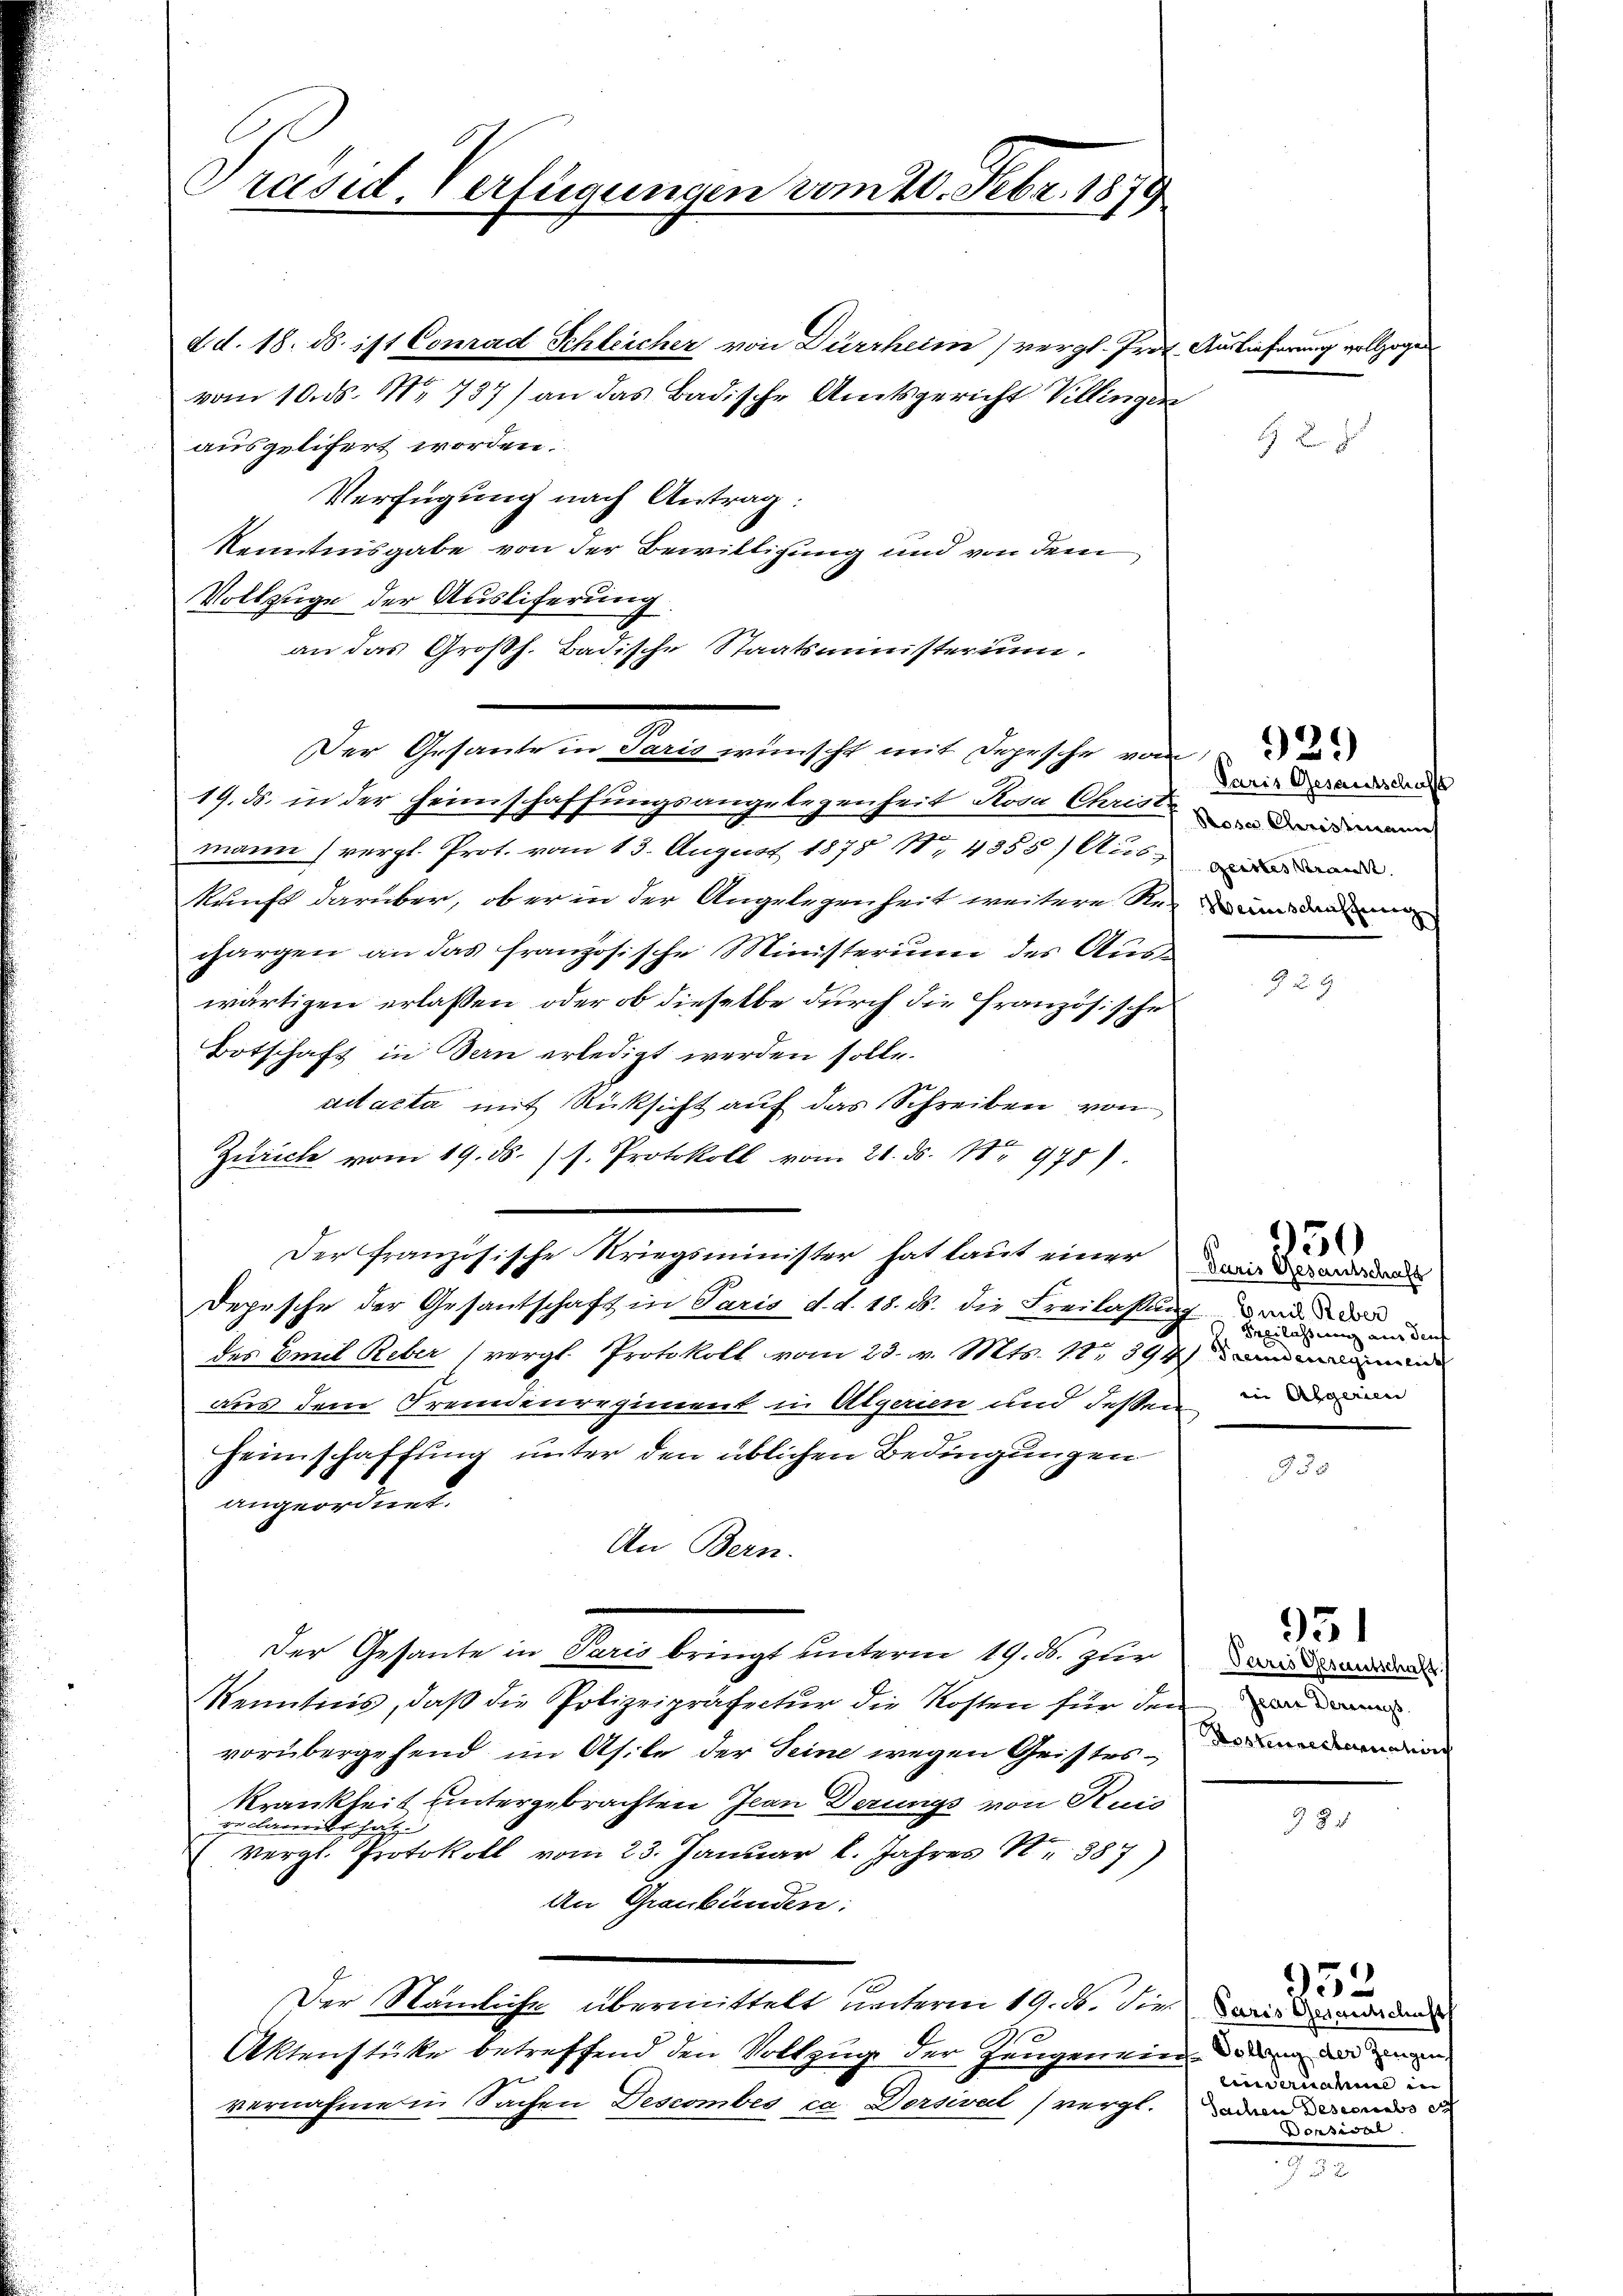
Präsid. Verfügungen vom 20. Febr. 1879

dd. 18. ds. ist Conrad Schleicher von Dürrheim) vergl. Prot. Auslieferung vollzogen
vom 10. ds. No 737) an das Badische Amtsgericht Villingen
ausgelifert worden.
Verfügung nach Antrag:
Kenntnisgabe von der Bewilligung und von dem
Vollzuge der Ausliferung
an das Großh. Badische Staatsministerium.
Der Gesante in Paris wünscht mit Depesche vom
19. ds. in der Heimschaffungsangelegenheit Rosa Christen demann
mann (vergl. Prot. vom 13. August 1878 No 4355) Auswand
kunft darüber, ob er in der Angelegenheit weitere Rein dar
chargen an das französische Ministerium des Auswärtigen erlassen, oder ob dieselbe durch die Französische
Botschaft in Bern erledigt werden solle.
aitacta mit Rücksicht auf das Schreiben von
Zürich vom 19. ds. s. Protokoll vom 21. ds. Nr. 978).
Der französische Kriegsminister hat laut einer und
Depesche der Gesantschaft in Paris d. d. 18. ds. die Freilassung dran de
des Emil Reber (vergl. Protokoll vom 23. v. Mts. 11. 394 in an
aus dem Fremdenregiment in Algerien und dessen in der in
Heimschaffung unter den üblichen Bedingungen
angeordnet.
An Bern.
Der Gesante in Paris bringt unterm 19. ds. zur
Kenntnis, daß die Polizeipräfectur die Kosten für der
vorübergehend im Asile der Seine wegen Geistes-in
Krankheit untergebrachten Jean Derungs von Kais
reclaritschatz.
vergl. Protokoll vom 23. Januar l. Jahres Nr. 387)
An Graubünden:
Der Nämliche übermittelt unterm 19. ds. die
Aktenstücke betreffend den Vollzug der Zeugenkinden andenen
vernahme in Sachen Descomber ca. Dersivat (vergl. Baden in de

42.

Paris Gesandtschafft

92.)

950
Ien lassung aus dens

931
Paris Gesandtschaft.
Jean Derenis

Paris Gesandtschaft
eindernahme in
Boden

952